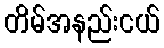
တိမ်အနည်းငယ်